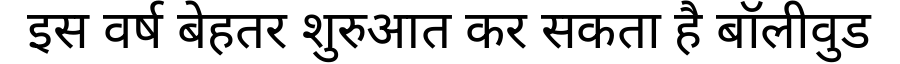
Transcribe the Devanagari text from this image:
इस वर्ष बेहतर शुरुआत कर सकता है बॉलीवुड